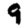
Digit: 9